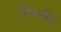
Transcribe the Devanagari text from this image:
नियतीये